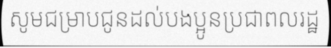
សូមជម្រាបជូនដល់បងប្អូនប្រជាពលរដ្ឋ